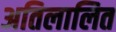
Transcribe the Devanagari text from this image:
अतिलालित